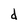
Character: d